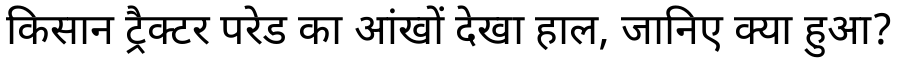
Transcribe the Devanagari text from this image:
किसान ट्रैक्टर परेड का आंखों देखा हाल, जानिए क्या हुआ?